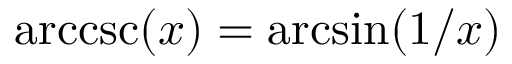
\operatorname { a r c c s c } ( x ) = \arcsin ( 1 / x )